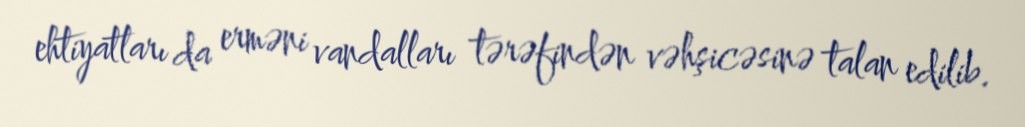
ehtiyatları da erməni vandalları tərəfindən vəhşicəsinə talan edilib.